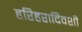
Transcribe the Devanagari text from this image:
हरिहरादिवशी